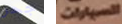
جحر السيارات